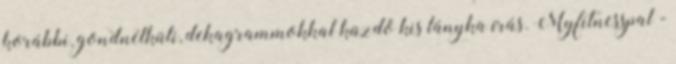
korábbi, gondnélküli, dekagrammokkal küzdő kis lányka írás. Myfitnesspal -